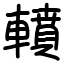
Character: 轒